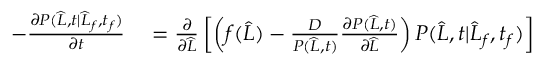
\begin{array} { r l } { - \frac { \partial P ( \widehat { L } , t | \widehat { L } _ { f } , t _ { f } ) } { \partial t } } & { { } = \frac { \partial } { \partial \widehat { L } } \left[ \left( f ( \widehat { L } ) - \frac { D } { P ( \widehat { L } , t ) } \frac { \partial P ( \widehat { L } , t ) } { \partial \widehat { L } } \right) P ( \widehat { L } , t | \widehat { L } _ { f } , t _ { f } ) \right] } \end{array}